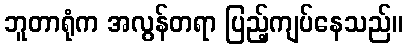
ဘူတာရုံက အလွန်တရာ ပြည့်ကျပ်နေသည်။